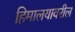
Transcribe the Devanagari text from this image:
हिमालयावरील